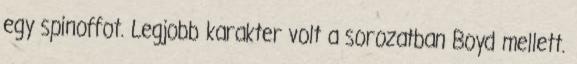
egy spinoffot. Legjobb karakter volt a sorozatban Boyd mellett.